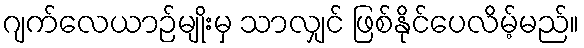
ဂျက်လေယာဉ်မျိုးမှ သာလျှင် ဖြစ်နိုင်ပေလိမ့်မည်။